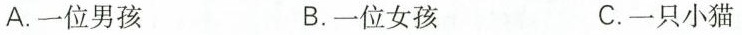
A. 一位男孩 B.一位女孩 C.一只小猫